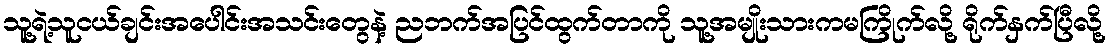
သူ့ရဲ့သူငယ်ချင်းအပေါင်းအသင်းတွေနဲ့ ညဘက်အပြင်ထွက်တာကို သူ့အမျိုးသားကမကြိုက်လို့ ရိုက်နှက်ပြီလို့